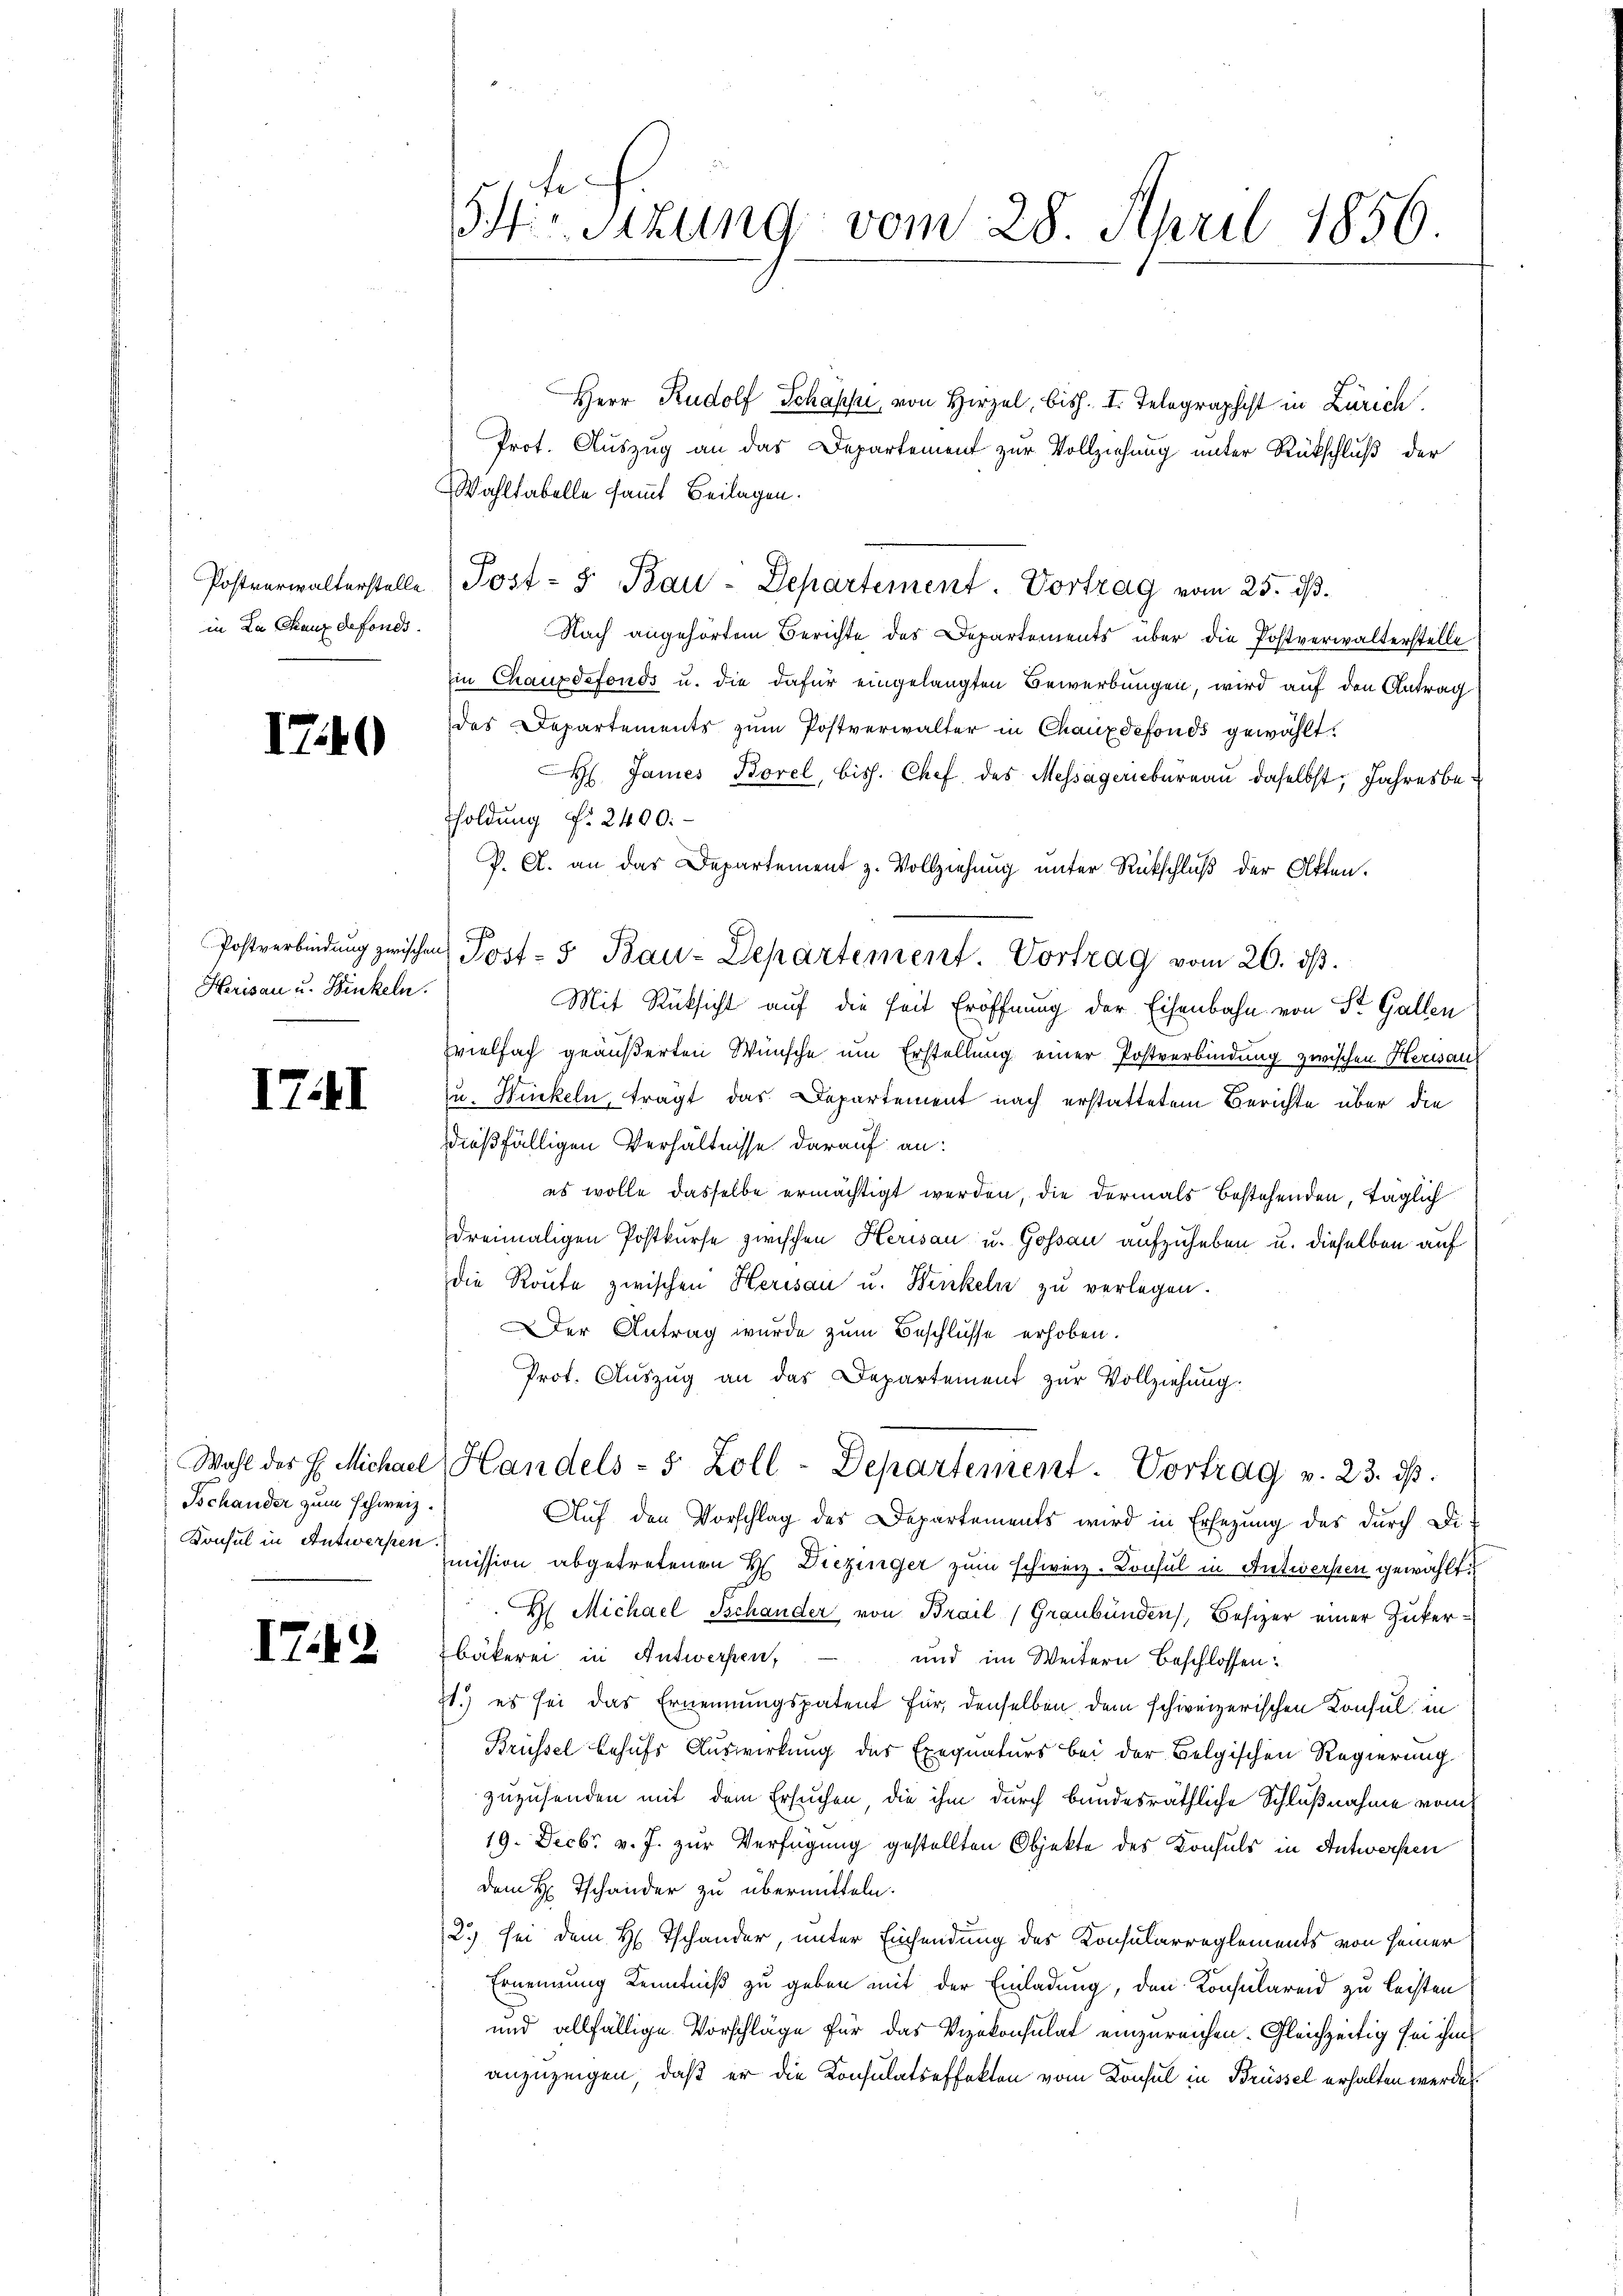
Postverwalterstelle
in La Chaux defonds.

170

Herisau u. Binkeln.

IT. II

Tschander zum Schweiz.

17.4.

.

Sir Sitzung vom 28. April 1856.

Herr Rudolf Schäppi, von Hirzel, bish. II. Telegraphist in Zürich.
Prot. Auszug an das Departement zur Vollziehung unter Rückschluß der
Wahltabelle sammt Beilagen.
Post- u Bau-Departement. Vortrag vom 25. dβ.
Nach angehörtem Berichte des Departements über die Postverwalterstelle
Ein Chauxdefonds u. die dafür eingelangten Bewerbungen, wird auf den Antrag
des Departements zum Postverwalter in Chauxdefonds gewählt.
H James Borel, bish. Chef des Messägeriebureau daselbst, Jahresbesoldung §. 2400.
V. A. an das Departement z. Vollziehung unter Rückschluß der Akten.
Mit Rücksicht auf die Zeit Eröffnung der Eisenbahn von St. Gallen
Evielfach geäußerten Wünsche um Erstellung einer Postverbindung zwischen Herisau
zu. Wickeln, trägt das Departement nach erstattetem Berichte über die
dießfälligen Verhältnisse darauf an:
es wolle dasselbe ermächtigt werden, die dermals bestehenden, täglich
dreimaligen Postkurse zwischen Herisau u. Goßau aufzuheben u. dieselben auf
die Route zwischen Herisau u. Winkeln zu verlegen.
Der Antrag wurde zum Beschlüsse erhoben.
Prot. Auszug an das Departement zur Vollziehung.
Wahl der E. Michael Handels- 5 Zoll-Departement. Vortrag v. 23. dβ.
Auf den Vorschlag des Departements wird in Ersezung des durch Di-
Konsul in Antworte mission abgetretenen H. Diezinger zum schweiz. Konsul in Antwersten gewählt:
H Michael Tschander von Brail (Graubünden, Besizer einer Zucker-
bäkerei in Antwerfen,
und im Weitern beschlossen:
st.) es sei das Ernennungspatent für denselben dem schweizerischen Konsul in
Brüssel behufs Auswirkung des Exequaturs bei der Belgischen Regierung
zuzusenden mit dem Ersuchen, die ihm durch bundesräthliche Schlußnahme vom
19. Decbr. v. J. zur Verfügung gestellten Objekte des Konsuls in Antworfen
dem H. Tschander zu übermitteln.
2.) sei dem H. Tschander, unter Einsendung des Konsularreglements von seiner
Ernennung Kenntniß zu geben mit der Einladung, den Konsulareid zu leisten
und allfällige Vorschläge für das Vizekonsulat einzureichen. Gleichzeitig sei ihm
anzuzeigen, daß er die Konsulatseffekten vom Konsul in Brüssel erhalten werden.

Postverbindŭng zwischen Post- 5 Bau-Departement. Vortrag vom 20. dβ.